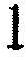
1